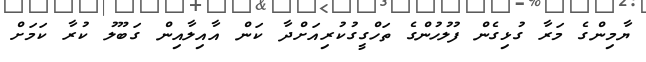
ޔާމިންގެ މަރާ ގުޅިގެން ފުލުހުންގެ ތަހްގީގުކުރިއަށްދާ ކަން އާއިލާއިން ގަބޫލު ކުރާ ކަމަށް